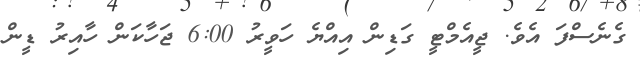
ގެނެސްފަ އެވެ. ޖީއެމްޓީ ގަޑިން އިއްޔެ ހަވީރު 6:00 ޖަހާކަން ހާއިރު ޑީން